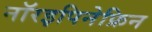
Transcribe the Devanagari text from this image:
नॉरइपिनेफ्रिन